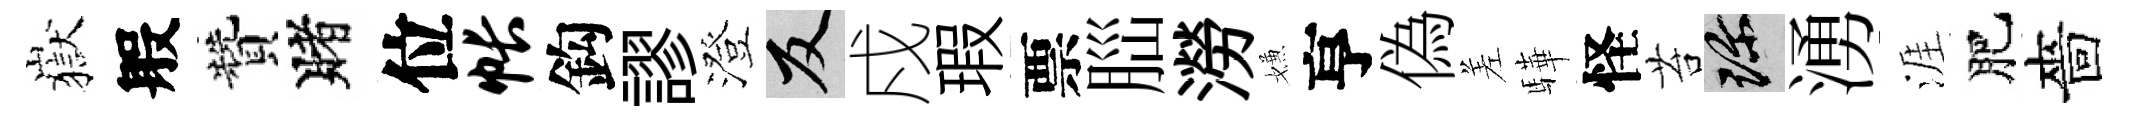
嶽般贊賭位帐鈎謬澄反戍瑕票𦛁澇嫌亨偽差驊怪苔珍湧涯肥嗇